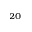
^ { 2 0 }